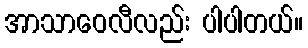
အာသာဝေလီလည်း ပါပါတယ်။